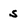
Character: s